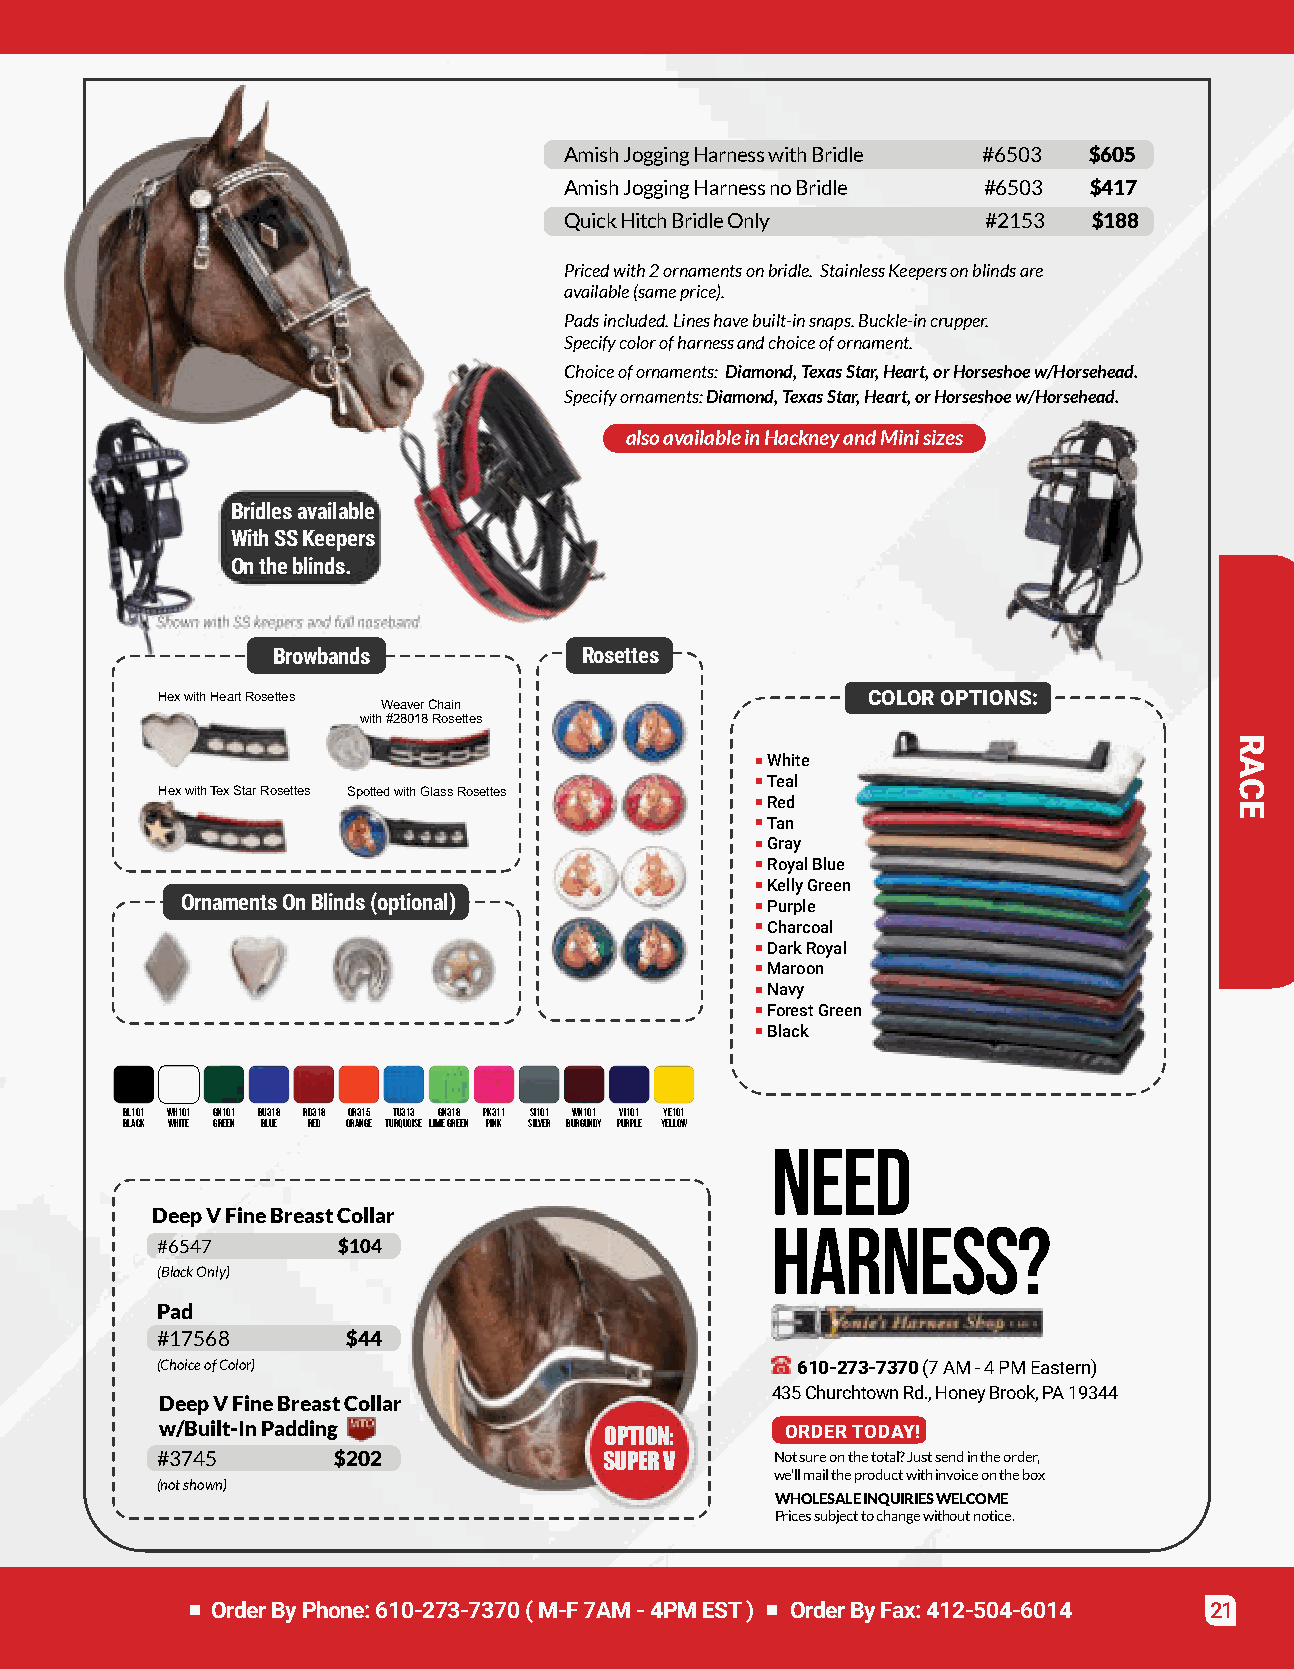
AmishJoggingHarnesswithBridle #6503 $605
 AmishJoggingHarnessnoBridle #6503  $417
 QuickHitchBridleOnly        #2153  $188
 Pricedwith2ornamentsonbridle. StainlessKeepersonblindsare
 available(sameprice).
 Padsincluded.Lineshavebuilt-insnaps.Buckle-incrupper.
 Specifycolorofharnessandchoiceofornament.
 Choiceofornaments: Diamond,TexasStar,Heart,orHorseshoew/Horsehead.
 Specifyornaments:Diamond,TexasStar,Heart,orHorseshoew/Horsehead.
 alsoavailableinHackneyandMinisizes
 Bridlesavailable
 WithSSKeepers
 Ontheblinds.
 ShownwithSSkeepersandfullnoseband.
 Browbands            Rosettes
 HexwithHeartRosettes                           COLOROPTIONS:
 WeaverChain
 with#28018Rosettes
 White
 Teal
 HexwithTexStarRosettes SpottedwithGlassRosettes
 Red
 Tan
 Gray
 RoyalBlue
 KellyGreen
 OrnamentsOnBlinds(optional)
 Purple
 Charcoal
 DarkRoyal
 Maroon
 Navy
 ForestGreen
 Black
 BL101 WH101 GN101 BU318 RD318 OR315 TU313 GN318 PK311 SI101 WN101 VI101 YE101
 Black White Green Blue Red Orange Turquoise LimeGreen Pink Silver Burgundy Purple Yellow
 NEED
 DeepVFineBreastCollar
 HARNESS?
 #6547       $104
 (BlackOnly)
 Pad
 #17568       $44
 (ChoiceofColor)                            610-273-7370(7AM-4PMEastern)
 435ChurchtownRd.,HoneyBrook,PA19344
 DeepVFineBreastCollar
 w/Built-InPadding            OPTION:     ORDERTODAY!
 #3745       $202              SUPERV     Notsureonthetotal?Justsendintheorder,
 we’llmailtheproductwithinvoiceonthebox
 (notshown)
 WHOLESALEINQUIRIESWELCOME
 Pricessubjecttochangewithoutnotice.
 OrderByPhone:610-273-7370(M-F7AM-4PMEST) OrderByFax:412-504-6014  21
 RACE